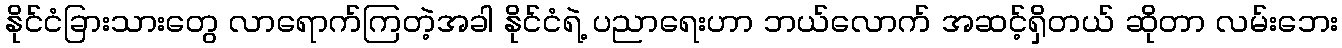
နိုင်ငံခြားသားတွေ လာရောက်ကြတဲ့အခါ နိုင်ငံရဲ့ ပညာရေးဟာ ဘယ်လောက် အဆင့်ရှိတယ် ဆိုတာ လမ်းဘေး